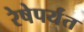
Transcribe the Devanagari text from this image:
रेषेपर्यंत